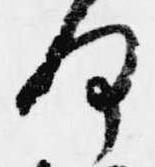
何